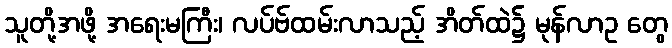
သူတို့အဖို့ အရေးမကြီး၊ လပ်ဗ်ထမ်းလာသည့် အိတ်ထဲ၌ မုန်လာဥ တွေ